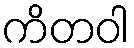
ကိတဝါ